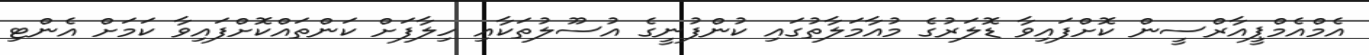
އެމްއެމްޕީއާރްސީން ކޮށްފައިވާ ޑޮލަރުގެ މުއާމަލާތުގައި ކުންފުނީގެ އުސޫލުތަކާއި ހިލާފަށް ކަންތައްކޮށްފައިވާ ކަމަށް އެންޓި